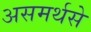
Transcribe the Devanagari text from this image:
असमर्थसे